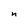
Character: n